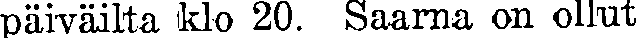
päiväilta klo 20. Saarna on ollut